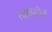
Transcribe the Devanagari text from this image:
त्यावेळील